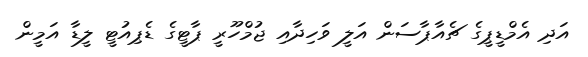
އަދި އެމްޑީޕީގެ ޗެއާޕާސަން އަލީ ވަހިދާއި ޖުމްހޫރީ ޕާޓީގެ ޑެޕިއުޓީ ލީޑާ އަމީން